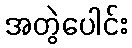
အတွဲပေါင်း